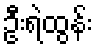
ဦးရဲထွန်း